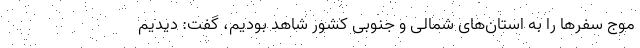
موج سفرها را به استان‌های شمالی و جنوبی کشور شاهد بودیم، گفت: دیدیم